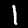
Label: 1